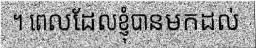
។ ពេលដែលខ្ញុំបានមកដល់